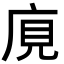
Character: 𢈥